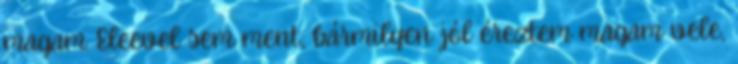
magam. Eleevel sem ment; bármilyen jól éreztem magam vele,